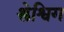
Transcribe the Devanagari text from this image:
श्लेश्विग